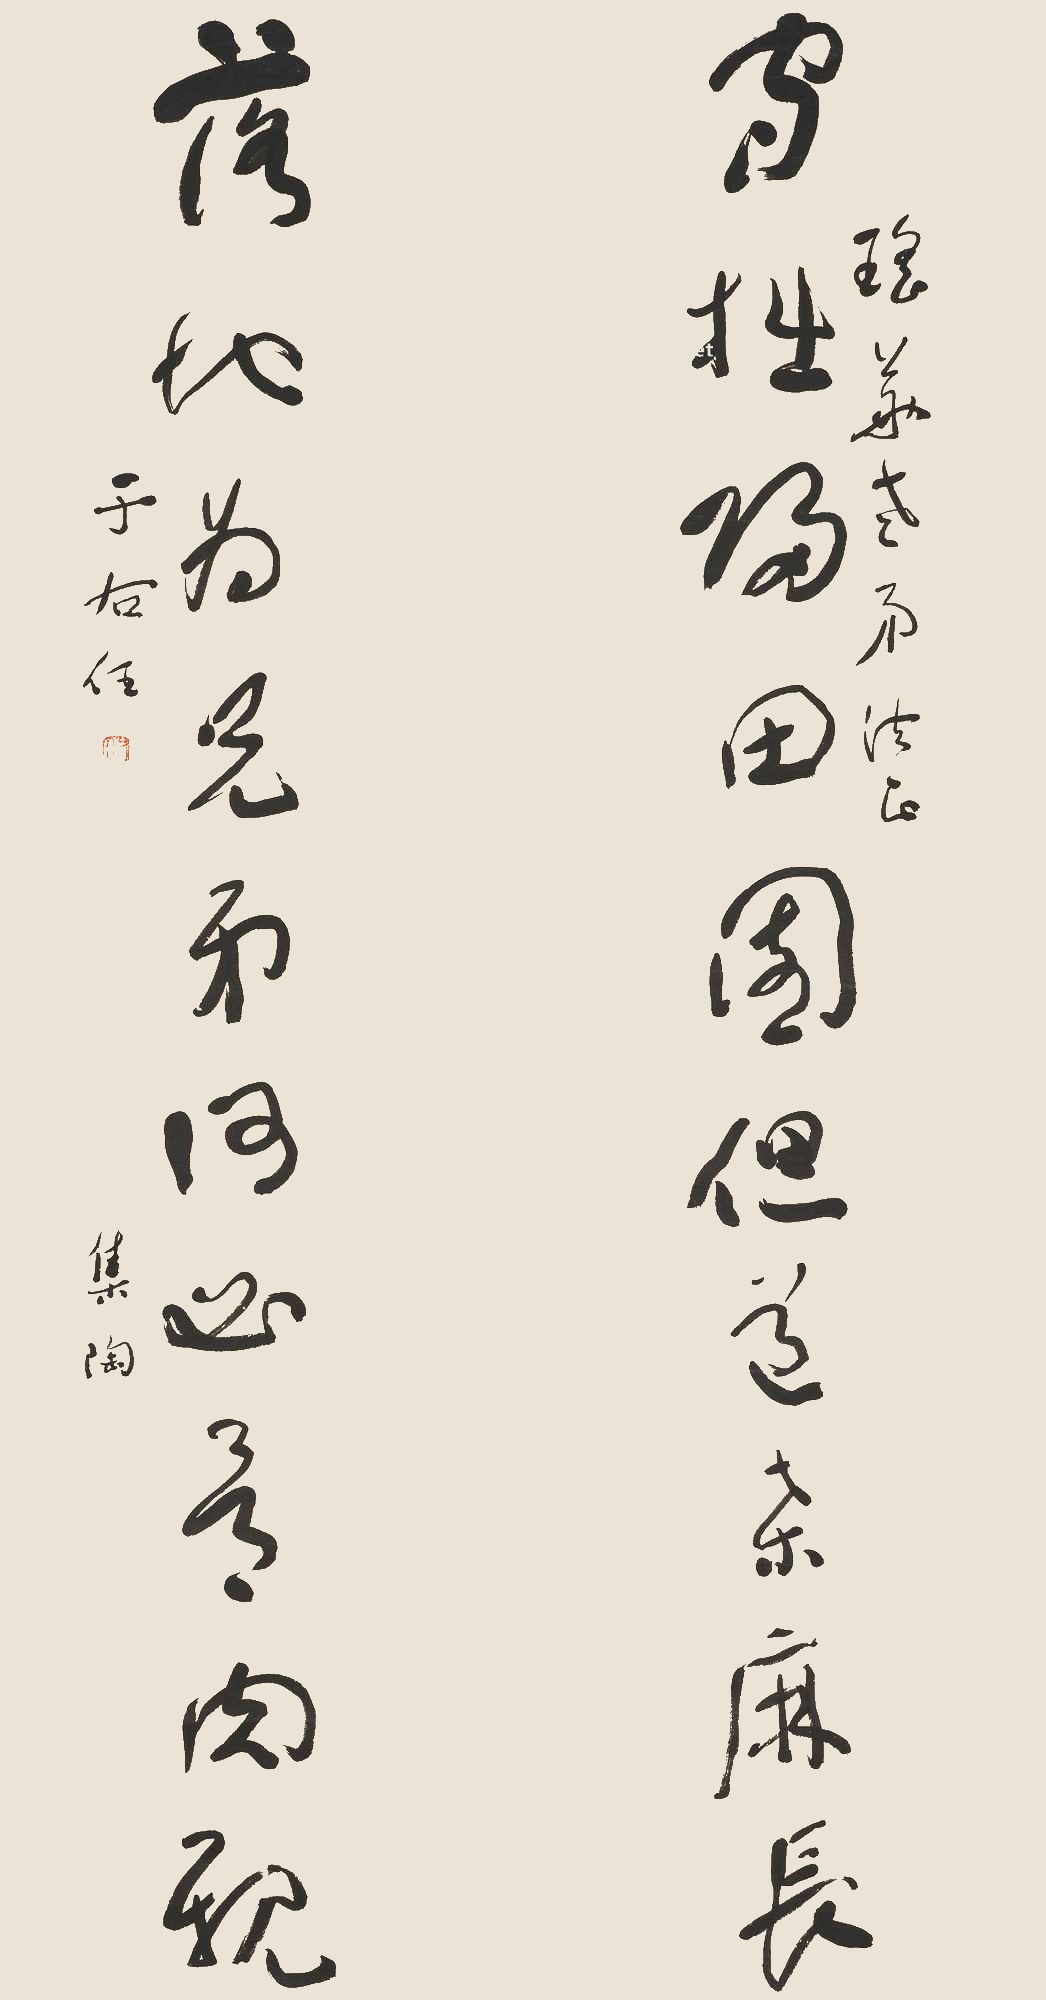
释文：守拙归田园，但道桑麻长；落地为兄弟，何必骨肉亲。于右任集陶，瑶华老弟法正。